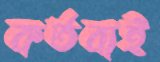
কর্তব্যই